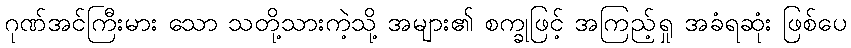
ဂုဏ်အင်ကြီးမား သော သတို့သားကဲ့သို့ အများ၏ စက္ခုဖြင့် အကြည့်ရှု အခံရဆုံး ဖြစ်ပေ